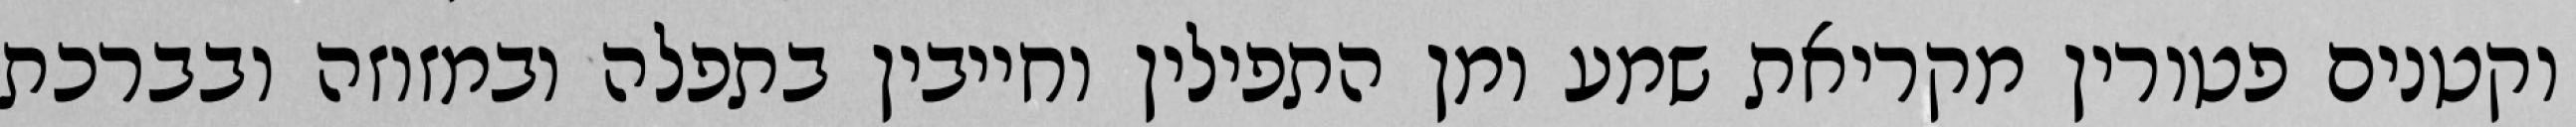
וקטנים פטורין מקריאת שמע ומן התפילין וחייבין בתפלה ובמזוזה ובברכת